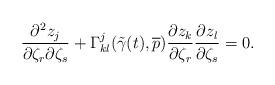
LaTeX: \begin{align*}\frac{\partial^2z_j}{\partial \zeta_r \partial \zeta_s}+\Gamma^j_{kl}(\tilde{\gamma}(t),\overline{p})\frac{\partial z_k}{\partial \zeta_r}\frac{\partial z_l}{\partial \zeta_s}=0.\end{align*}